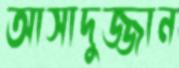
আসাদুজ্জান